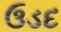
ઉડદ